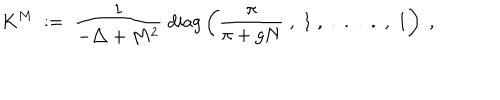
K ^ { M } \; : = \; \frac { 1 } { - \triangle + M ^ { 2 } } \; \mathrm { d i a g } \left( \frac { \pi } { \pi + g N } \; , \; 1 \; , \; . \; . \; . \; . \; , \; 1 \right) \; ,